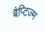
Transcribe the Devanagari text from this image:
बैप्टिज्म